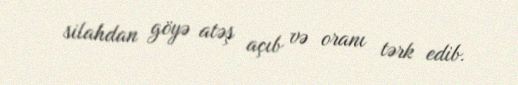
silahdan göyə atəş açıb və oranı tərk edib.